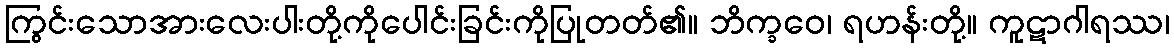
ကြွင်းသောအားလေးပါးတို့ကိုပေါင်းခြင်းကိုပြုတတ်၏။ ဘိက္ခဝေ၊ ရဟန်းတို့။ ကူဋာဂါရဿ၊